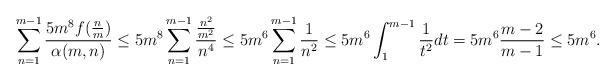
LaTeX: \begin{align*} \sum_{n=1}^{m-1}\frac{5m^8f(\frac{n}{m})}{\alpha(m,n)} \leq5m^8 \sum_{n=1}^{m-1}\frac{\frac{n^2}{m^2}}{n^4}\leq 5m^6\sum_{n=1}^{m-1}\frac{1}{n^2}\leq 5m^6\int_{1}^{m-1}\frac{1}{t^2}dt=5m^6\frac{m-2}{m-1}\leq 5m^6. \end{align*}